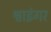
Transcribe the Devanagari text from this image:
श्वाइंगर